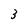
Character: 3